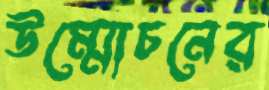
উম্মোচনের